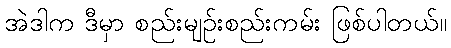
အဲဒါက ဒီမှာ စည်းမျဉ်းစည်းကမ်း ဖြစ်ပါတယ်။